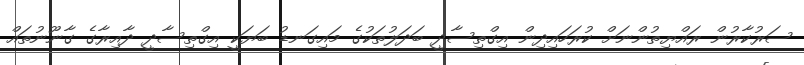
ސަރުކާރުން ރައްޔިތުންނަށް ކުރަހައިދިން އިގްތިސާދީ ބަދަލުތަކުގެ މައިގަނޑު ބަޔަކީ އިގްތިސާދީ ދާއިރާގެ ގާނޫނުތައް